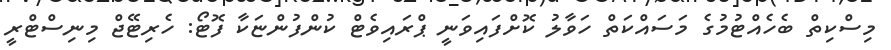
މިސްކިތް ބެހެއްޓުމުގެ މަސައްކަތް ހަވާލު ކޮށްފައިވަނީ ޕްރައިވެޓް ކުންފުންޏަކާ ފޮޓޯ: ހެރިޓޭޖް މިނިސްޓްރީ